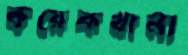
কয়েকখানা